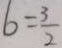
6 = \frac { 3 } { 2 }